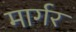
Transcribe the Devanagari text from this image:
मार्गर